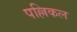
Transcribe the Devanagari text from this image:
पल्लिकल